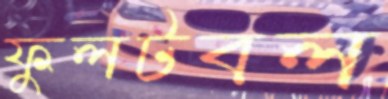
ফুলটবল